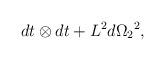
LaTeX: \begin{align*} dt \otimes dt + {L^2}{d{\Omega_2}}^2,\end{align*}